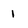
Character: 1